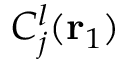
C _ { j } ^ { l } ( { \mathbf { r } _ { 1 } } )